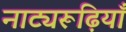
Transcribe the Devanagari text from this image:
नाट्यरूढ़ियाँ